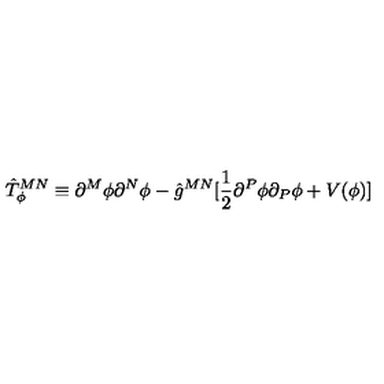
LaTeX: \hat { T } _ { \phi } ^ { M N } \equiv \partial ^ { M } \phi \partial ^ { N } \phi - \hat { g } ^ { M N } [ \frac { 1 } { 2 } \partial ^ { P } \phi \partial _ { P } \phi + V ( \phi ) ]